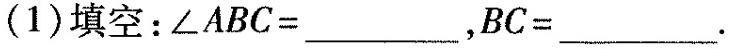
（1）填空：$$∠ A B C = ___ $$ ，$$B C